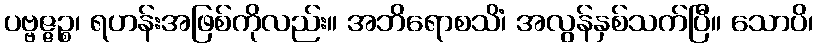
ပဗ္ဗဇ္ဇဉ္စ၊ ရဟန်းအဖြစ်ကိုလည်း။ အဘိရောစသိံ၊ အလွန်နှစ်သက်ပြီ။ သောပိ၊